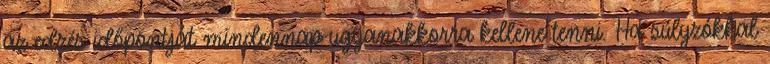
az edzés időpontját mindennap ugyanakkorra kellene tenni. Ha súlyzókkal